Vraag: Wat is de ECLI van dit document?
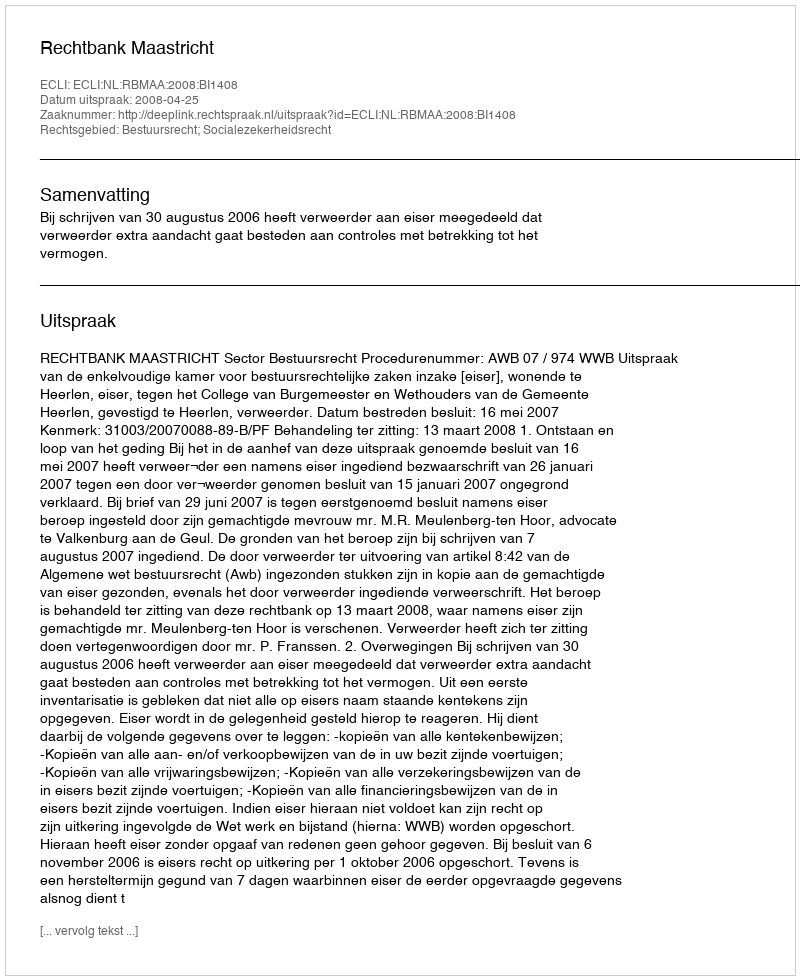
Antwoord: ECLI:NL:RBMAA:2008:BI1408